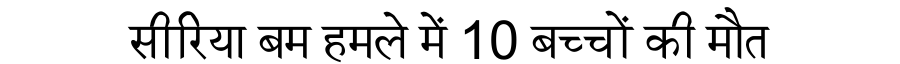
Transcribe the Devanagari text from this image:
सीरिया बम हमले में 10 बच्चों की मौत